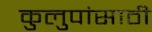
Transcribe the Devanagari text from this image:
कुलुपांसाठी